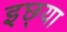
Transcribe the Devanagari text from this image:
इछ्या